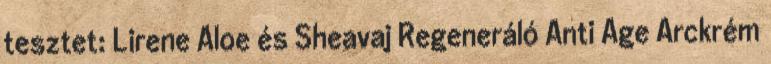
tesztet: Lirene Aloe és Sheavaj Regeneráló Anti Age Arckrém